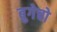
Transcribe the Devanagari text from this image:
बुगेचो